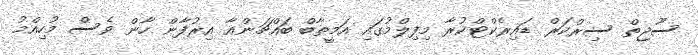
ސޫޖިތް ސިރްކަރް ޑައިރެކްޓްކުރާ މިފިލްމުގައި އަމީތާބް ބައްޗަންއާ އިރުފާން ހާން ވެސް މުހިއްމު